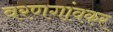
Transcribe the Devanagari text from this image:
वरणगांवकर